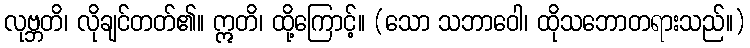
လုဗ္ဘတိ၊ လိုချင်တတ်၏။ ဣတိ၊ ထို့ကြောင့်။ (သော သဘာဝေါ၊ ထိုသဘောတရားသည်။)